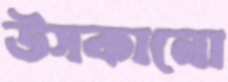
উসকানো